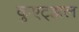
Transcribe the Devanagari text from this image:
कुएट्झल